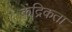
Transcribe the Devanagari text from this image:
केंद्रिकता